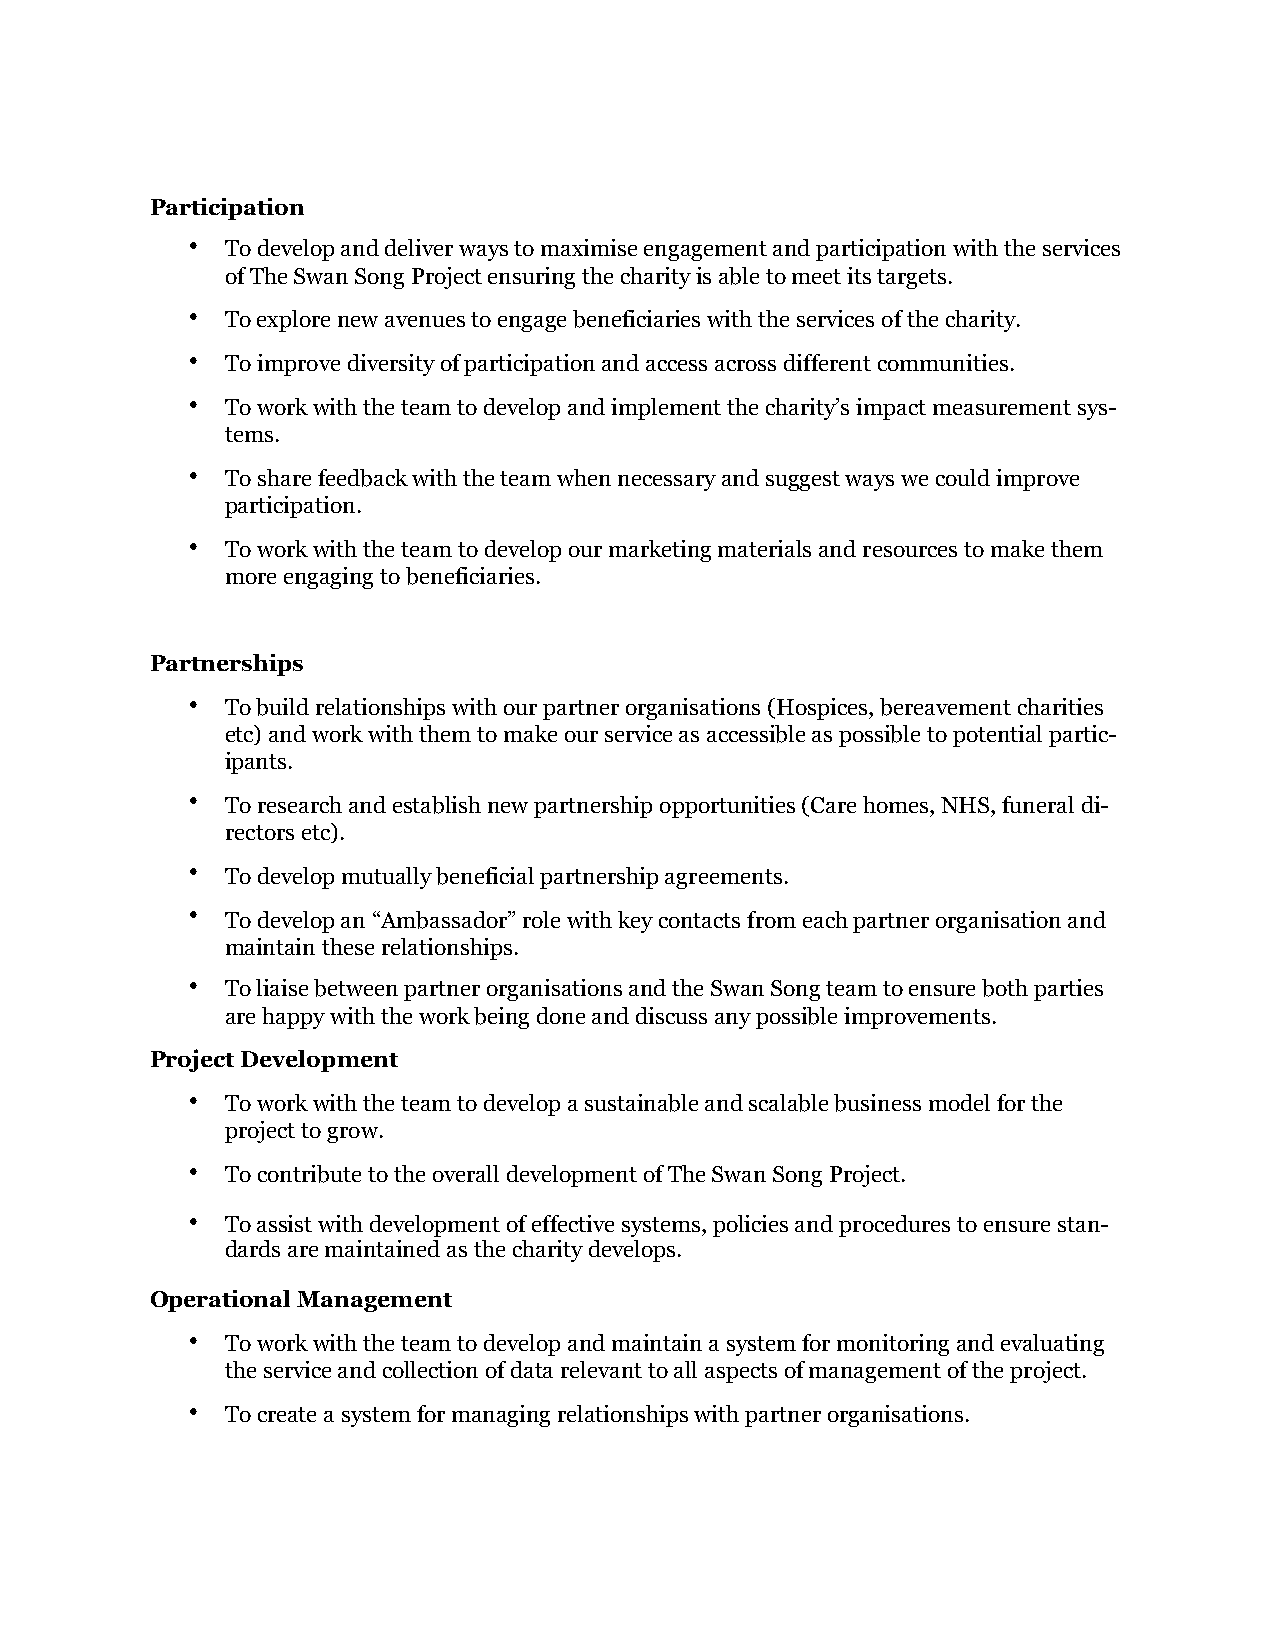
Participation
 •  To develop and deliver ways to maximise engagement and participation with the services
 of The Swan Song Project ensuring the charity is able to meet its targets.
 •  To explore new avenues to engage beneficiaries with the services of the charity.
 •  To improve diversity of participation and access across different communities.
 •  To work with the team to develop and implement the charity’s impact measurement sys-
 tems.
 •  To share feedback with the team when necessary and suggest ways we could improve
 participation.
 •  To work with the team to develop our marketing materials and resources to make them
 more engaging to beneficiaries.
 Partnerships
 •  To build relationships with our partner organisations (Hospices, bereavement charities
 etc) and work with them to make our service as accessible as possible to potential partic-
 ipants.
 •  To research and establish new partnership opportunities (Care homes, NHS, funeral di-
 rectors etc).
 •  To develop mutually beneficial partnership agreements.
 •  To develop an “Ambassador” role with key contacts from each partner organisation and
 maintain these relationships.
 •  To liaise between partner organisations and the Swan Song team to ensure both parties
 are happy with the work being done and discuss any possible improvements.
 Project Development
 •  To work with the team to develop a sustainable and scalable business model for the
 project to grow.
 •  To contribute to the overall development of The Swan Song Project.
 •  To assist with development of effective systems, policies and procedures to ensure stan-
 dards are maintained as the charity develops.
 Operational Management
 •  To work with the team to develop and maintain a system for monitoring and evaluating
 the service and collection of data relevant to all aspects of management of the project.
 •  To create a system for managing relationships with partner organisations.